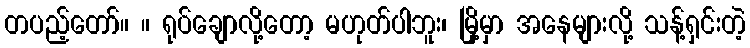
တပည့်တော်။ ။ ရုပ်ချောလို့တော့ မဟုတ်ပါဘူး၊ မြို့မှာ အနေများလို့ သန့်ရှင်းတဲ့